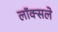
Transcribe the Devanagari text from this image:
लॉक्सले